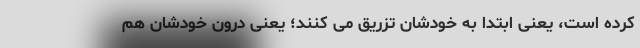
کرده است، یعنی ابتدا به خودشان تزریق می کنند؛ یعنی درون خودشان هم